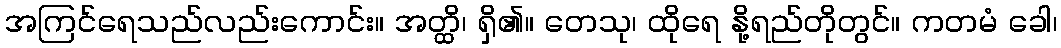
အကြင်ရေသည်လည်းကောင်း။ အတ္ထိ၊ ရှိ၏။ တေသု၊ ထိုရေ နို့ရည်တိုတွင်။ ကတမံ ခေါ၊